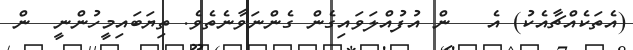
(އެތަކެއްޗާއެކު) އެ   ން އުފުއްލަވައިގެން ގެންނަވާނެތެވެ. ތިޔަބައިމީހުންނީ  ން